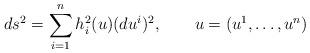
LaTeX: \begin{align*}ds^2=\sum\limits_{i=1}^n h^2_i(u) (du^i)^2,\qquad u=(u^1,\dots,u^n)\end{align*}